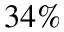
3 4 \%